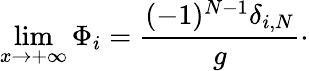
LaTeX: \operatorname*{lim}_{x\rightarrow+\infty}\Phi_{i}={\frac{(-1)^{N-1}\delta_{i,N}}{g}}\cdotp